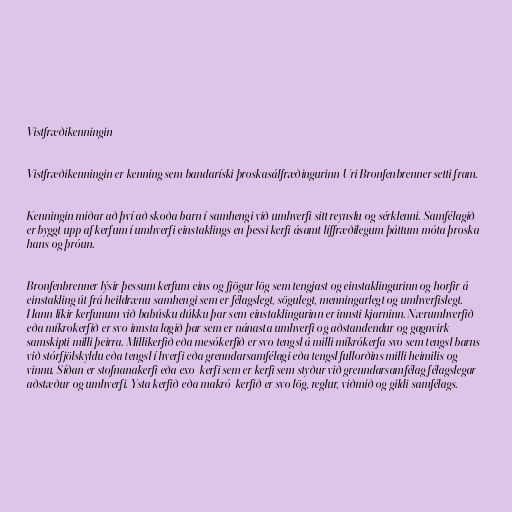
Vistfræðikenningin

Vistfræðikenningin er kenning sem bandaríski þroskasálfræðingurinn Uri Bronfenbrenner setti fram.

Kenningin miðar að því að skoða barn í samhengi við umhverfi sitt reynslu og sérklenni. Samfélagið
er byggt upp af kerfum í umhverfi einstaklings en þessi kerfi ásamt líffræðilegum þáttum móta þroska
hans og þróun.

Bronfenbrenner lýsir þessum kerfum eins og fjögur lög sem tengjast og einstaklingurinn og horfir á
einstakling út frá heildrænu samhengi sem er félagslegt, sögulegt, menningarlegt og umhverfislegt.
Hann líkir kerfunum við babúsku dúkku þar sem einstaklingurinn er innsti kjarninn. Nærumhverfið
eða míkrokerfið er svo innsta lagið þar sem er nánasta umhverfi og aðstandendur og gagnvirk
samskipti milli þeirra. Millikerfið eða mesókerfið er svo tengsl á milli míkrókerfa svo sem tengsl barns
við stórfjölskyldu eða tengsl í hverfi eða grenndarsamfélagi eða tengsl fullorðins milli heimilis og
vinnu. Síðan er stofnanakerfi eða exo-kerfi sem er kerfi sem styður við grenndarsamfélag félagslegar
aðstæður og umhverfi. Ysta kerfið eða makró-kerfið er svo lög, reglur, viðmið og gildi samfélags.